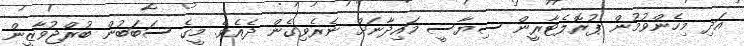
އަދި މިހެންވުމުން ޕުރޮލެޓާރީން ސިޔާސީ މައިދާނަށް ނެރެވިގެން ދެއެވެ. މީގެ ސަބަބުން ބުރްޖުވާޒީން